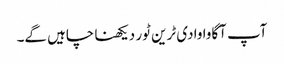
آپ آگاوا وادی ٹرین ٹور دیکھنا چاہیں گے۔